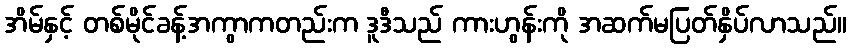
အိမ်နှင့် တစ်မိုင်ခန့်အကွာကတည်းက ဒူဒီသည် ကားဟွန်းကို အဆက်မပြတ်နှိပ်လာသည်။